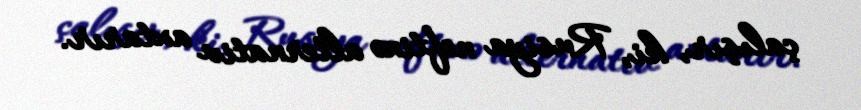
çalışır, ki, Rusiya neftinə alternativ axtarır.